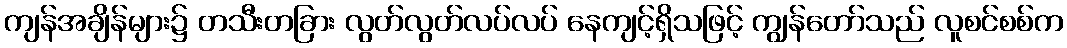
ကျန်အချိန်များ၌ တသီးတခြား လွတ်လွတ်လပ်လပ် နေကျင့်ရှိသဖြင့် ကျွန်တော်သည် လူစင်စစ်က